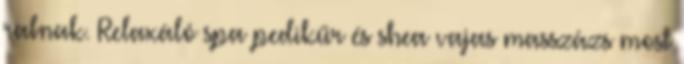
rabnak. Relaxáló spa pedikűr és shea vajas masszázs most